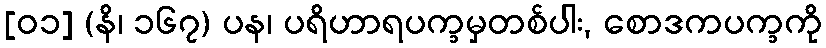
[၀၁] (နိ၊ ၁၆၇) ပန၊ ပရိဟာရပက္ခမှတစ်ပါး, စောဒကပက္ခကို